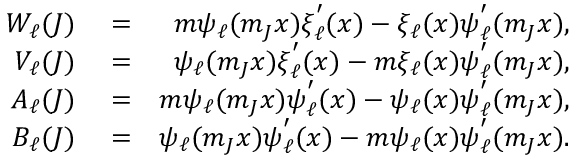
\begin{array} { r l r } { W _ { \ell } ( J ) } & { { } = } & { m \psi _ { \ell } ( m _ { J } x ) \xi _ { \ell } ^ { ' } ( x ) - \xi _ { \ell } ( x ) \psi _ { \ell } ^ { ' } ( m _ { J } x ) , } \\ { V _ { \ell } ( J ) } & { { } = } & { \psi _ { \ell } ( m _ { J } x ) \xi _ { \ell } ^ { ' } ( x ) - m \xi _ { \ell } ( x ) \psi _ { \ell } ^ { ' } ( m _ { J } x ) , } \\ { A _ { \ell } ( J ) } & { { } = } & { m \psi _ { \ell } ( m _ { J } x ) \psi _ { \ell } ^ { ' } ( x ) - \psi _ { \ell } ( x ) \psi _ { \ell } ^ { ' } ( m _ { J } x ) , } \\ { B _ { \ell } ( J ) } & { { } = } & { \psi _ { \ell } ( m _ { J } x ) \psi _ { \ell } ^ { ' } ( x ) - m \psi _ { \ell } ( x ) \psi _ { \ell } ^ { ' } ( m _ { J } x ) . } \end{array}